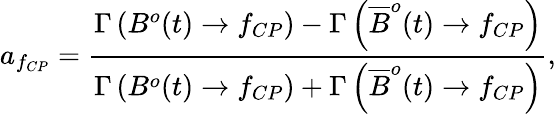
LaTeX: a_{f_{CP}}={\frac{\Gamma\left(B^{o}(t)\to f_{CP}\right)-\Gamma\left(\overline{{{B}}}^{o}(t)\to f_{CP}\right)}{\Gamma\left(B^{o}(t)\to f_{CP}\right)+\Gamma\left(\overline{{{B}}}^{o}(t)\to f_{CP}\right)}},